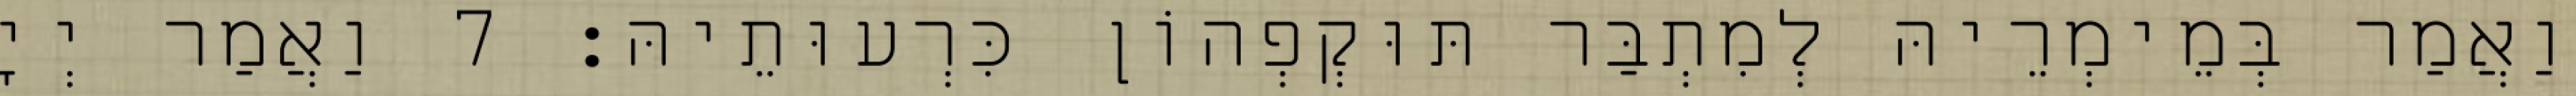
וַאֲמַר בְּמֵימְרֵיהּ לְמִתְבַּר תּוּקְפְהוֹן כִּרְעוּתֵיהּ׃ 7 וַאֲמַר יְיָ